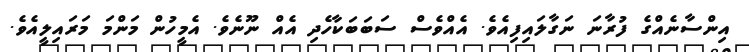
އިންސާނެއްގެ ފުރާނަ ނަގާލައިފިއެވެ. އެއްވެސް ސަބަބަކާހެދި އެއް ނޫނެވެ. އެމީހުން މަންމަ މަރައިލީއެވެ.